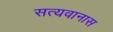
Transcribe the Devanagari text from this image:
सत्यवानास